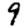
Digit: 9